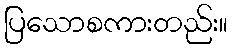
ပြသောစကားတည်း။